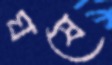
ঘষে